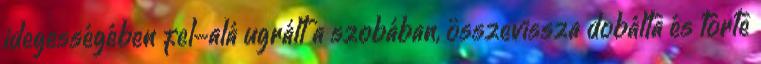
idegességében fel-alá ugrált a szobában, összevissza dobálta és törte